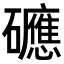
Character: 𥗡